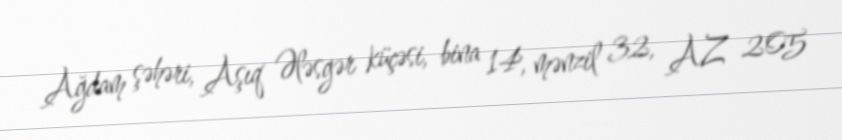
Ağdam şəhəri, Aşıq Ələsgər küçəsi, bina 14, mənzil 32, AZ 205